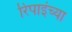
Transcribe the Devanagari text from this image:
रिपाइंच्या